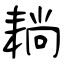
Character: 耥